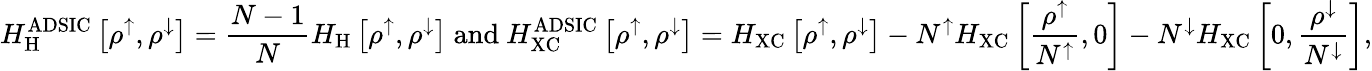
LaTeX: H_{\mathrm{H}}^{\mathrm{ADSIC}}\left[\rho^{\uparrow},\rho^{\downarrow}\right]=\frac{N-1}{N}H_{\mathrm{H}}\left[\rho^{\uparrow},\rho^{\downarrow}\right]\ \mathrm{and}\ H_{\mathrm{XC}}^{\mathrm{ADSIC}}\left[\rho^{\uparrow},\rho^{\downarrow}\right]=H_{\mathrm{XC}}\left[\rho^{\uparrow},\rho^{\downarrow}\right]-N^{\uparrow}H_{\mathrm{XC}}\left[\frac{\rho^{\uparrow}}{N^{\uparrow}},0\right]-N^{\downarrow}H_{\mathrm{XC}}\left[0,\frac{\rho^{\downarrow}}{N^{\downarrow}}\right],